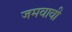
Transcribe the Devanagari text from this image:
जमवावी